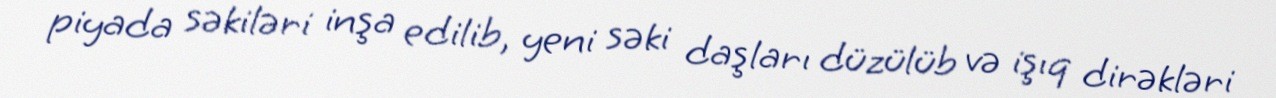
piyada səkiləri inşa edilib, yeni səki daşları düzülüb və işıq dirəkləri